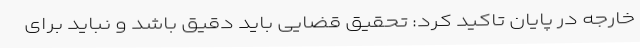
خارجه در پایان تاکید کرد: تحقیق قضایی باید دقیق باشد و نباید برای